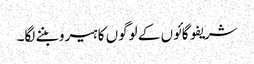
شریفو گائوں کے لوگوں کا ہیرو بننے لگا۔